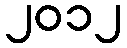
၂၀၁၂